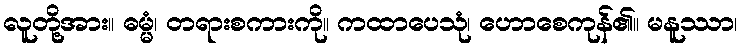
လူတို့အား။ ဓမ္မံ၊ တရားစကားကို။ ကထာပေသုံ၊ ဟောစေကုန်၏။ မနူဿာ၊